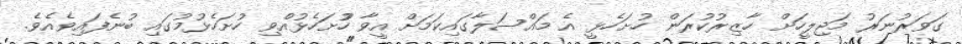
ގަވަރުނަރު މަޖިލީހަށް ހާޒިރުކުރަން ހުށަހެޅީ އެ މައްސަލާގައިކަމަށް އީވާ ހުުށަހެޅުއްވި ހުށަހެޅުމުގައި ބުނެފައިވެއެވެ.